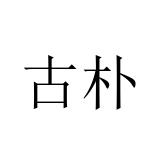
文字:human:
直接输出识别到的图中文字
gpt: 古朴